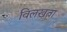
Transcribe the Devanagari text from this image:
विलखता